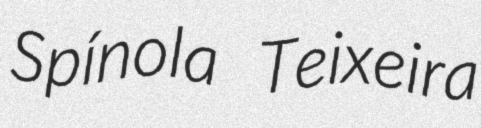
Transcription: Spínola Teixeira